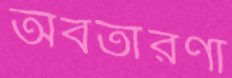
অবতারণা